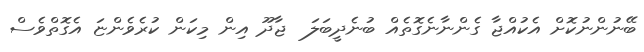
ބޭނުންނުކޮށް އެކުއްޖާ ގެންނާނެގޮތެއް ބުނެދީބަލަ  ޖާދޫ އިން މިކަން ކުރެވެންޏަ އެގޮތްވެސް